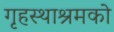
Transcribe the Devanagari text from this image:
गृहस्थाश्रमको